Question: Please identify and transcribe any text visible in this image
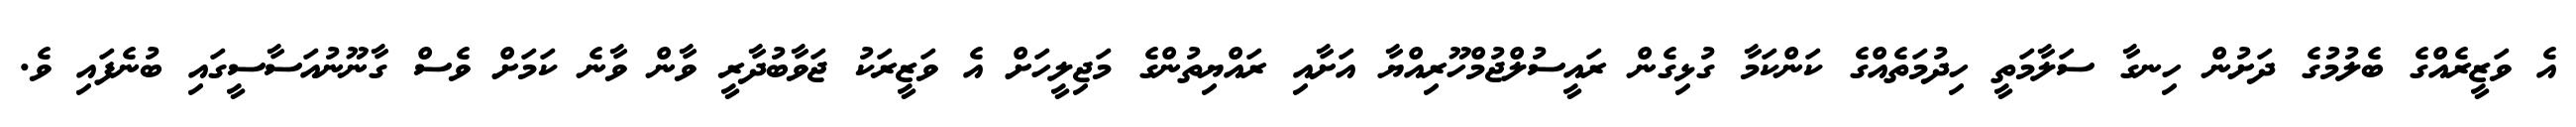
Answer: އެ ވަޒީރެއްގެ ބެލުމުގެ ދަށުން ހިނގާ ސަލާމަތީ ހިދުމަތެއްގެ ކަންކަމާ ގުޅިގެން ރައީސުލްޖުމްހޫރިއްޔާ އަށާއި ރައްޔިތުންގެ މަޖިލީހަށް އެ ވަޒީރަކު ޖަވާބުދާރީ ވާން ވާނެ ކަމަށް ވެސް ގާނޫނުއަސާސީގައި ބުނެފައި ވެ.